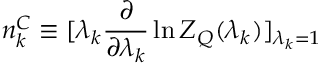
n _ { k } ^ { C } \equiv [ \lambda _ { k } { \frac { \partial } { \partial \lambda _ { k } } } \ln Z _ { Q } ( \lambda _ { k } ) ] _ { \lambda _ { k } = 1 }